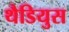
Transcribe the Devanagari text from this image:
थैडियुस